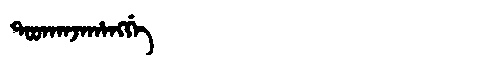
Manchu: ᡨᠣᠣᡴᠠᠨᠵᠠᡥᠠᠩᡤᡝ
Romanization: TOOKANJAHANGGE